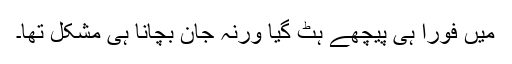
مَیں فوراً ہی پیچھے ہٹ گیا ورنہ جان بچانا ہی مشکل تھا۔